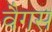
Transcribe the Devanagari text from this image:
वैगस